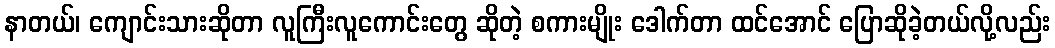
နာတယ်၊ ကျောင်းသားဆိုတာ လူကြီးလူကောင်းတွေ ဆိုတဲ့ စကားမျိုး ဒေါက်တာ ထင်အောင် ပြောဆိုခဲ့တယ်လို့လည်း